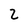
Character: 2